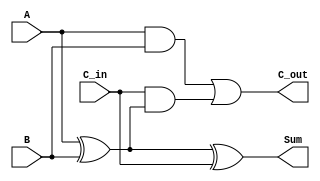
module RippleCarryFullAdder (
    input wire A,        // First input bit
    input wire B,        // Second input bit
    input wire C_in,     // Carry-in bit
    output wire Sum,     // Sum output
    output wire C_out    // Carry-out output
);

// Intermediate signals
wire A_xor_B;         // Result of A XOR B

// Calculate Sum
assign A_xor_B = A ^ B;          // XOR gate for A and B
assign Sum = A_xor_B ^ C_in;     // XOR with C_in for final Sum

// Calculate Carry-out
assign C_out = (A & B) | (C_in & A_xor_B); // OR gate for carry-out

endmodule